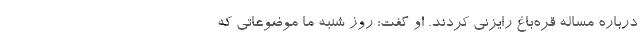
درباره مساله قره‌باغ رایزنی کردند. او گفت: روز شنبه ما موضوعاتی که